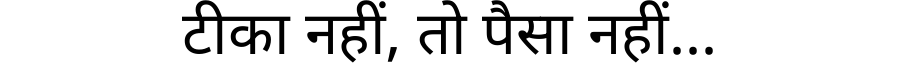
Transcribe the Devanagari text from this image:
टीका नहीं, तो पैसा नहीं...